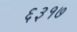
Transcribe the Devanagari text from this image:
६३१७